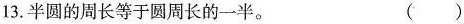
13. 半圆的周长等于圆周长的一半。 ( )